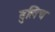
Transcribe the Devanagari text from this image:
वुलिच